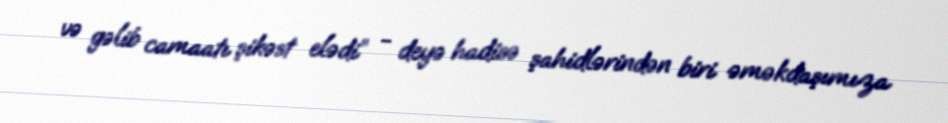
və gəlib camaatı şikəst elədi” - deyə hadisə şahidlərindən biri əməkdaşımıza